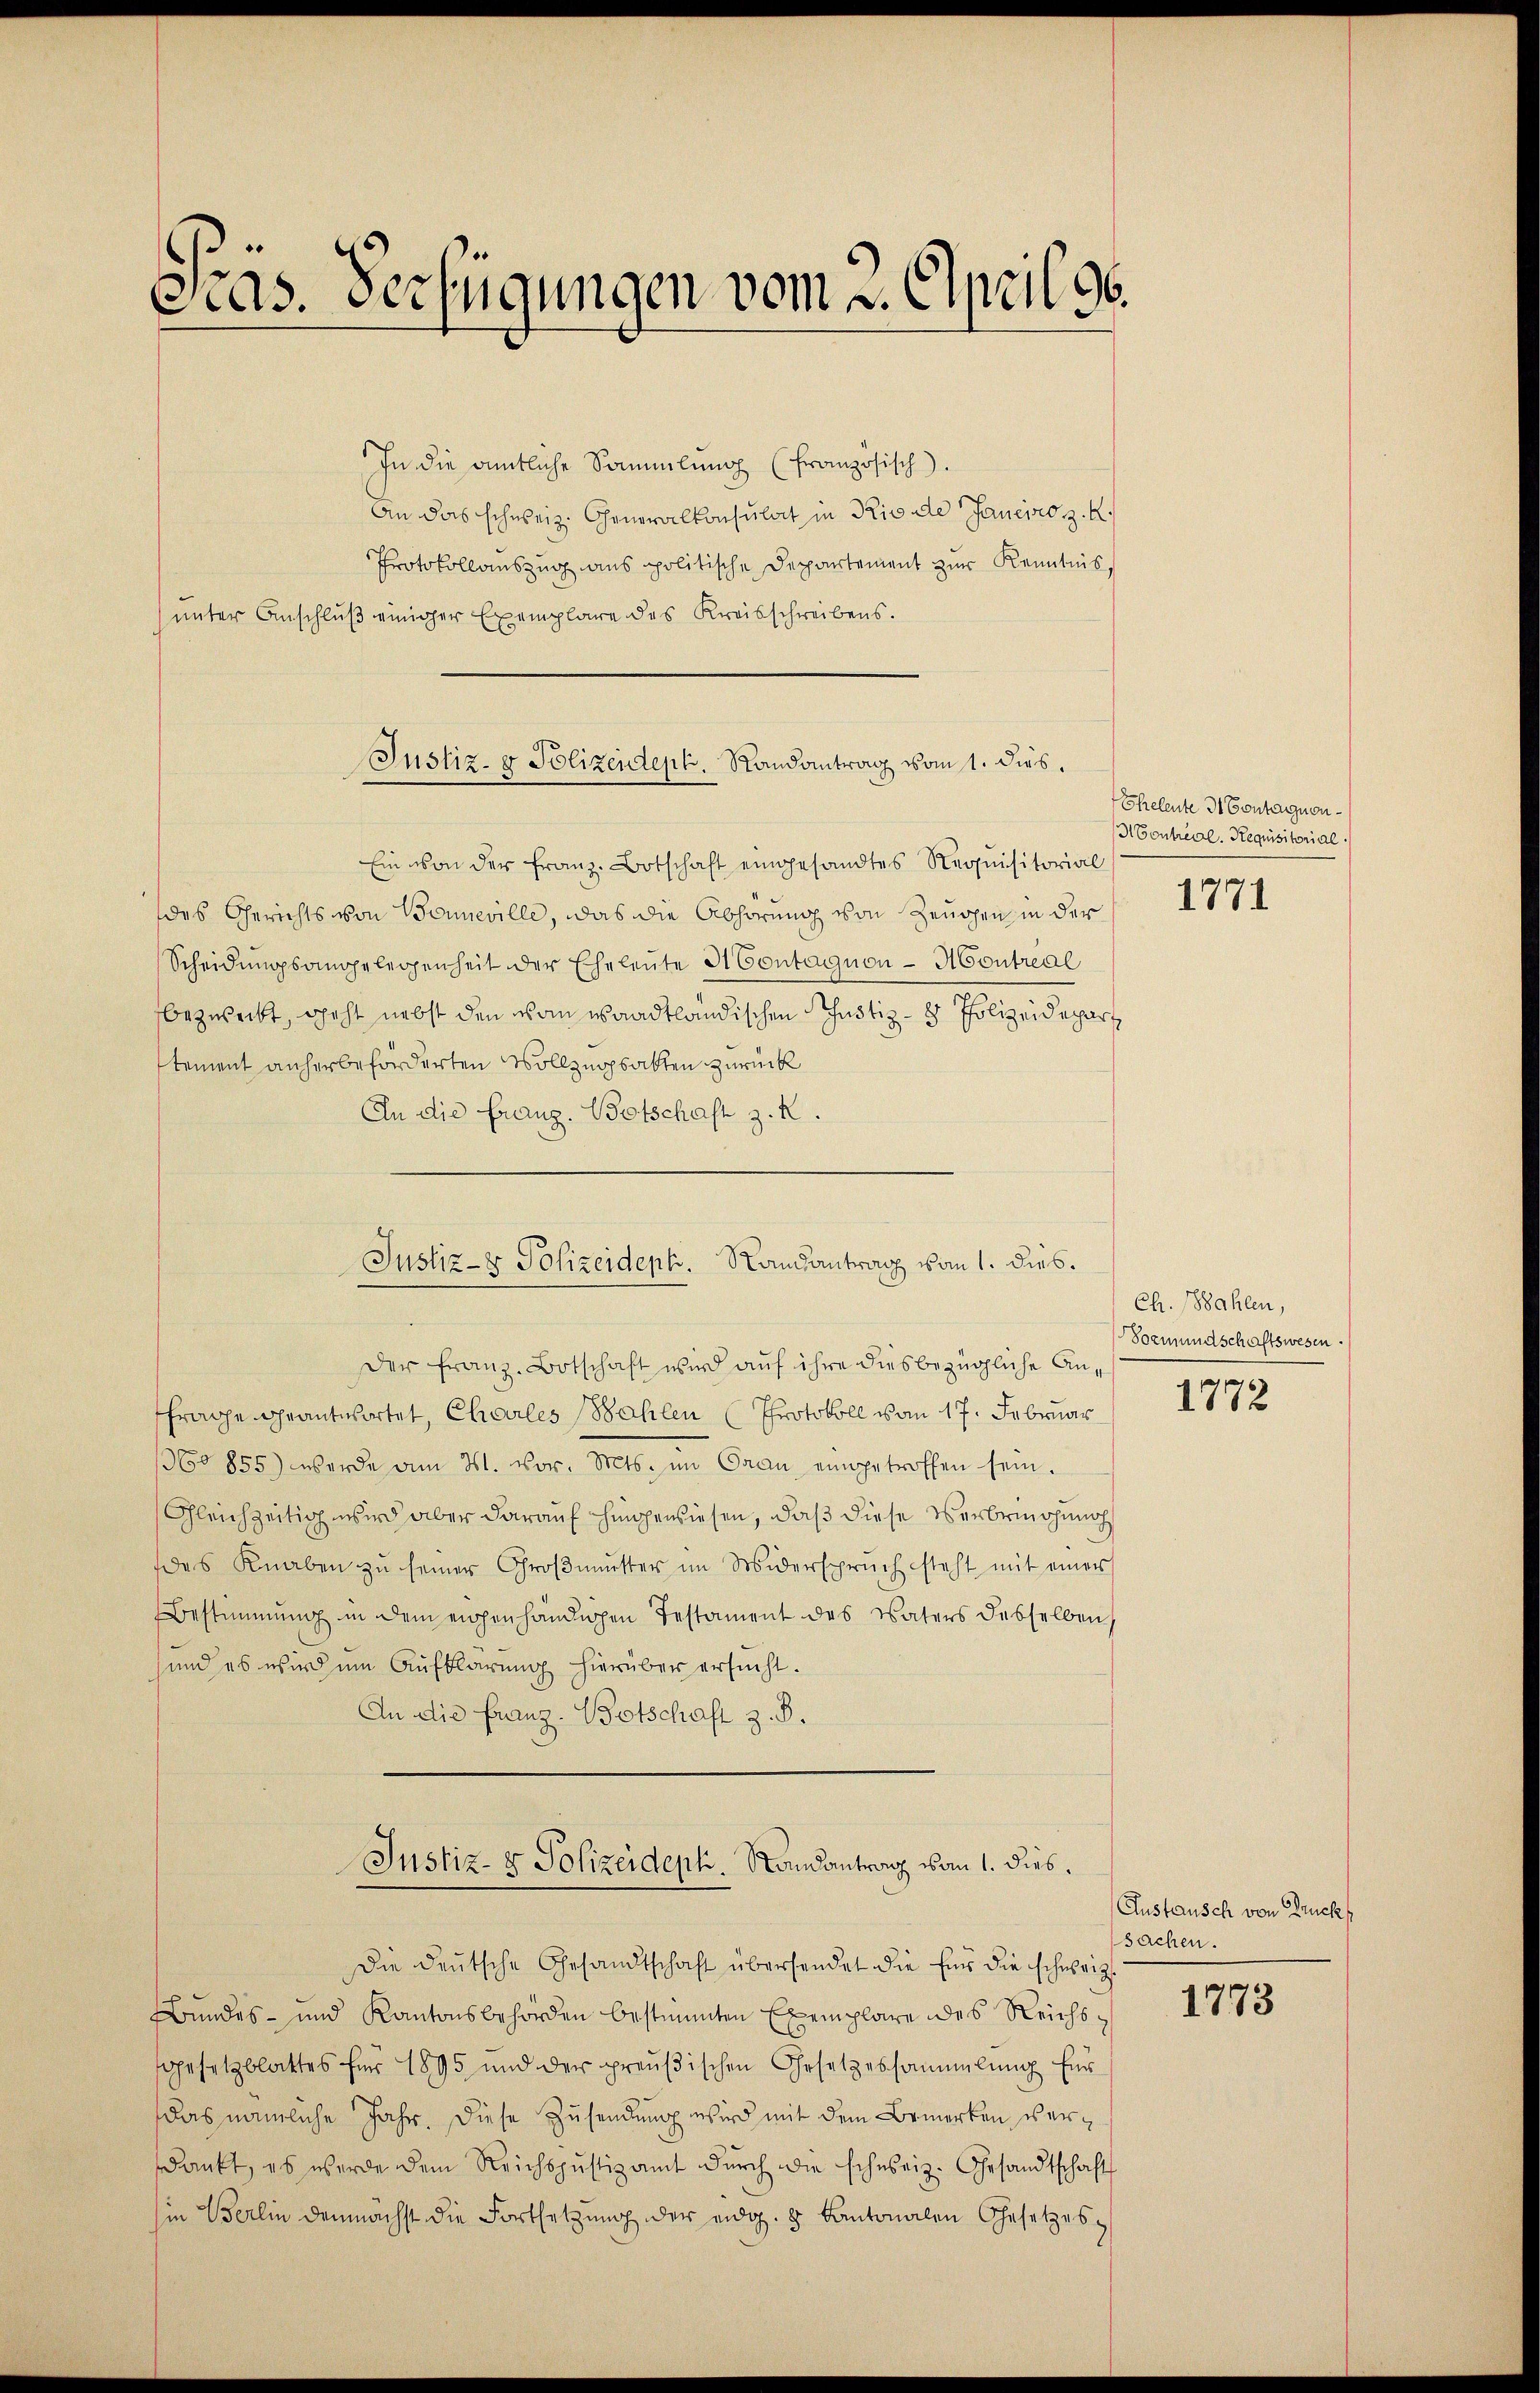
cras. Verfügungen vom 2. April 96.

In die amtliche Sammlung (Französisch).
An das schweiz. Generalkonsulat in Rio de Janeiro z. B.
Protokollauszug aus politische Departement zur Kenntnis,
unter Anschluß einiger Exemplare des Kreisschreibens.

Justiz- & Polizeidept. Randantrag vom 1. dies.

Ein von der franz. Botschaft eingesandtes Requisitorial
des Gerichts von Bonneville, das die Abhörung von Zeugen in der
Scheidungsangelegenheit der Eheleute Montagnon - Montreal
bezweckt, geht nebst den von waadtländischen Justiz- & Polizeidepart
stement anherbeförderten Vollzugsakten zurück
An die Franz. Botschaft z. R.
Der Franz-Botschaft wird auf ihre diesbezügliche Anfrage geantwortet, Charles Wahlen (Protokoll vom 17. Februar
1360855) werde am 31. vor. Mts. im Gran, eingetroffen sein.
Gleichzeitig wird aber darauf hingewiesen, daß diese Verbringenoh
das Knaben zu seiner Großmutter im Widerspruch steht mit einer
Bestimmung in dem eigenhändigen Testament des Vaters desselben,
und es wird im Aufklärung hierüber ersucht.
An die Franz-Botschaft z. B.
Justiz- & Polizeideph. Randantrag von 1. dies.
Die deutsche Gesandtschaft übersendet die für die schweiz
Bundes- und Kantonsbehörden bestimmten Exemplare des Reichssgesetzblattes für 1895 und der preußischen Gesetzessammlung für
das nämliche Jahr. Diese Zusendung wird mit dem Bemerken verdankt, es werde dem Reichspŭstizamt dŭrch die schweiz. Gesandtschaft
in Berlin demnächst die Fortsetzung der eidg. 2 Kantonalen Gesetzes¬

Justiz- & Polizeideph. Randantrag vom 1. dies.

Eheleute 3. Contagnon¬
MContréal. Requisitorial.

1771

Ch. Mahlen,
Sormundschaftswesen.

1772

Austausch von Druck
sachen.

1773